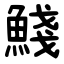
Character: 䱠